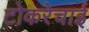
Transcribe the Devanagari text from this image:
टोकरेचाई